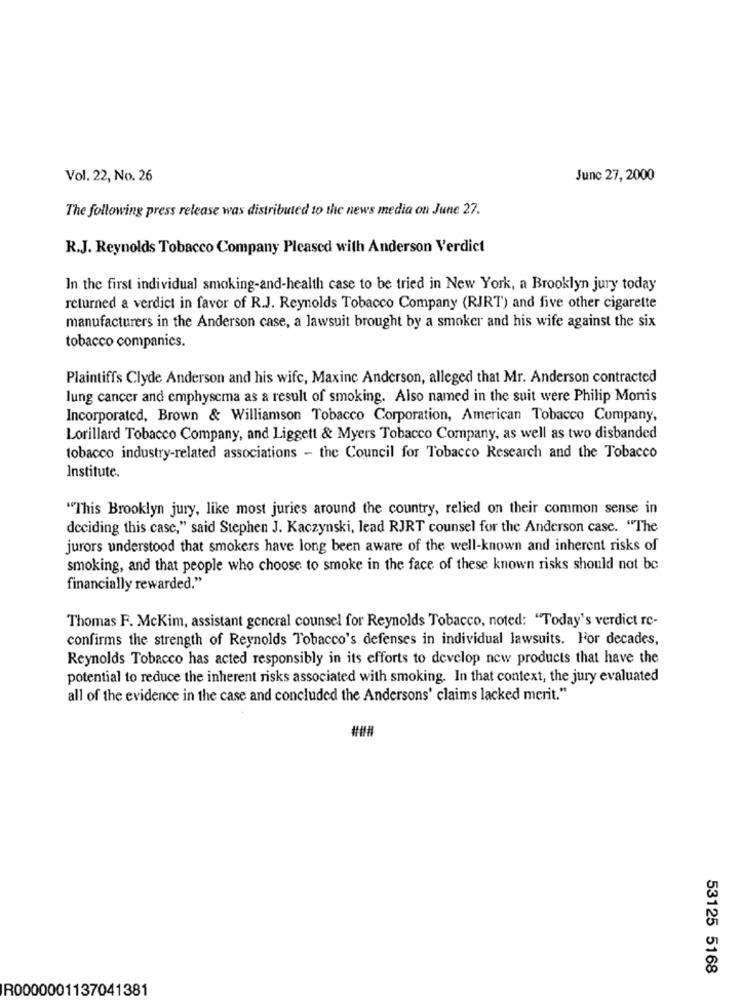
Vol. 22, No. 26
June 27, 2000
The following press release was distributed to the news media on June 27.
R.J. Reynolds Tobacco Company Pleased with Anderson Verdict
In the first individual smoking-and-health case to be tried in New York, a Brooklyn jury today
returned a verdict in favor of R.J. Reynolds Tobacco Company (RJRT) and five other cigarette
manufacturers in the Anderson case, a lawsuit brought by a smoker and his wife against the six
tobacco companies.
Plaintiffs Clyde Anderson and his wife, Maxinc Anderson, alleged that Mr. Anderson contracted
lung cancer and emphysema as a result of smoking. Also named in the suit were Philip Monis
Incorporated, Brown & Williamson Tobacco Corporation, American Tobacco Company,
Lorillard Tobacco Company, and Liggett & Myers Tobacco Company, as well as two disbanded
tobacco industry-related associations - the Council for Tobacco Research and the Tobacco
Institute.
"This Brooklyn jury, like most juries around the country, relied on their common sense in
deciding this case," said Stephen J. Kaczynski, lead RJRT counsel for the Anderson case. "The
jurors understood that smokers have long been aware of the well-known and inherent risks of
smoking, and that people who choose to smoke in the face of these known risks should not be
financially rewarded."
Thomas F. McKim, assistant general counsel for Reynolds Tobacco, noted: "Today's verdict re-
confirms the strength of Reynolds Tobacco's defenses in individual lawsuits. For decades,
Reynolds Tobacco has acted responsibly in its efforts to develop new products that have the
potential to reduce the inherent risks associated with smoking. In that context, the jury evaluated
all of the evidence in the case and concluded the Andersons' claims lacked merit."
53125 5168
R0000001137041381